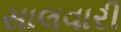
સાલવારી